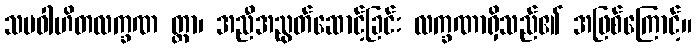
သမဝါဟိတလက္ခဏ တ္တာ၊ အညီအညွတ်ဆောင့်ခြင်း လက္ခဏာရှိသည်၏ အဖြစ်ကြောင့်။